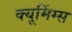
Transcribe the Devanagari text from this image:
क्यूमिंग्स